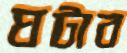
ঘটাব